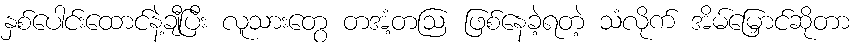
နှစ်ပေါင်းထောင်နဲ့ချီပြီး လူသားတွေ တအံ့တဩ ဖြစ်နေခဲ့ရတဲ့ သံလိုက် အိမ်မြှောင်ဆိုတာ